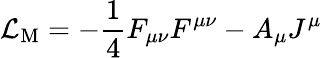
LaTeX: {\cal L}_{\mathrm{M}}=-\frac{1}{4}F_{\mu\nu}F^{\mu\nu}-A_{\mu}J^{\mu}